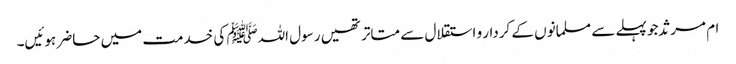
ام مرثد جو پہلے سے مسلمانوں کے کردار و استقلال سے متاتر تھیں رسول اللہﷺ کی خدمت میں حاضر ہوئیں۔